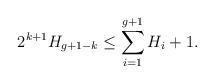
LaTeX: \begin{align*} 2^{k+1}H_{g+1-k}\leq \sum_{i=1}^{g+1}H_i+1.\end{align*}